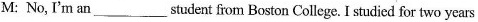
M: No, I'm an___student fiom Boston College. I studied for two years